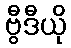
ဗွီဒီယို